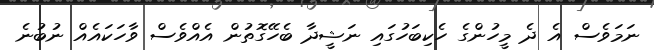
ނަމަވެސް އެ ދެ މީހުންގެ ހެކިބަހުގައި ނަޝީދާ ބެހޭގޮތުން އެއްވެސް ވާހަކައެއް ނުބުނެ